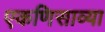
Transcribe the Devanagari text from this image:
एकणिसाव्या